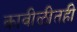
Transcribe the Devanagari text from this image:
कावीळीतही